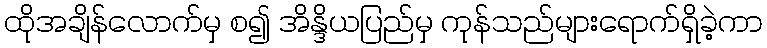
ထိုအချိန်လောက်မှ စ၍ အိန္ဒိယပြည်မှ ကုန်သည်များရောက်ရှိခဲ့ကာ